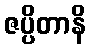
ဇပ္ပိတာနိ